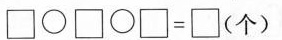
$$\Box \circ \Box \circ \Box = \Box$$（个）